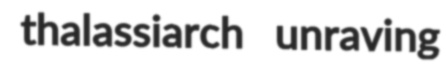
thalassiarch unraving